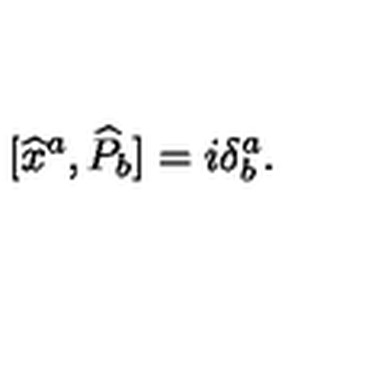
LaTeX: \lbrack \widehat { x } ^ { a } , \widehat { P } _ { b } ] = i \delta _ { b } ^ { a } .